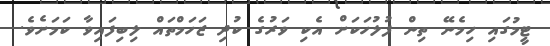
ޓީމުގައި ހިމެނޭ ތިން ފުލުހަކަށް އެކި ވަރުގެ ކުދި ޒަހަމްތައް ލިބިފައިވާ ކަމަށެވެ.